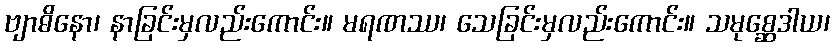
ဗျာဓိနော၊ နာခြင်းမှလည်းကောင်း။ မရဏဿ၊ သေခြင်းမှလည်းကောင်း။ သမုစ္ဆေဒါယ၊